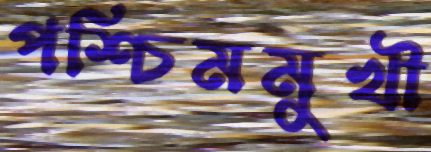
পশ্চিমমুখী